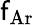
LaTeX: \mathsf{f}_{\mathrm{{Ar}}}